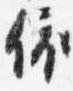
依